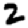
Digit: 2